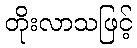
တိုးလာသဖြင့်